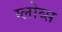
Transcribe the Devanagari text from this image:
ग्लोव्स